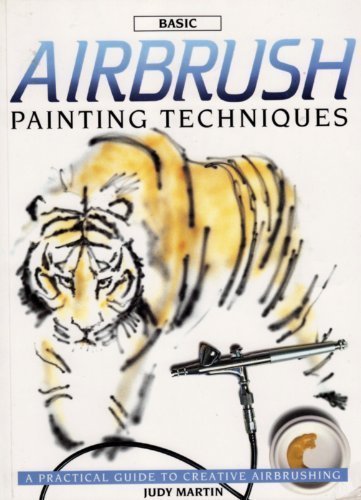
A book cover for Basic Airbrush Painting Techniques: A Practical Guide to Creative Airbrushing; Judy Martin; Arts & Photography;